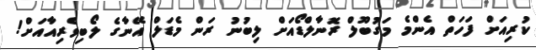
ކުރިއަށް ފަހަތް އެންމެ މަގުބޫލް ރޮނާލްޑޯއަށް ލިބުނު ރަން މެޑަލް އޭނާގެ ލޯބިވެރިއާއަށް!